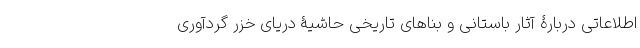
اطلاعاتی دربارۀ آثار باستانی و بناهای تاریخی حاشیۀ دریای خزر گردآوری